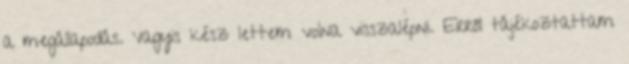
a megállapodás. Vagyis kész lettem volna visszalépni. Erről tájékoztattam